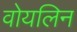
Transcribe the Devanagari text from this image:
वोयलिन